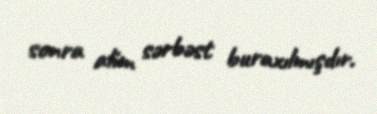
sonra alim sərbəst buraxılmışdır.